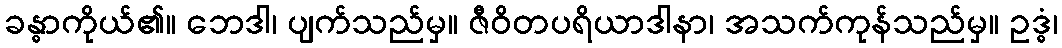
ခန္ဓာကိုယ်၏။ ဘေဒါ၊ ပျက်သည်မှ။ ဇီဝိတပရိယာဒါနာ၊ အသက်ကုန်သည်မှ။ ဥဒ္ဓံ၊